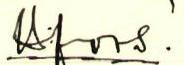
H:fors.